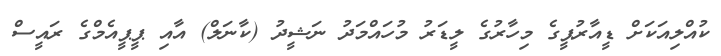
ކުއްލިއަކަށް ޑީއާރުޕީގެ މިހާރުގެ ލީޑަރު މުހައްމަދު ނަޝީދު (ކާނަލް) އާއި ޕީޕީއެމްގެ ރައީސް